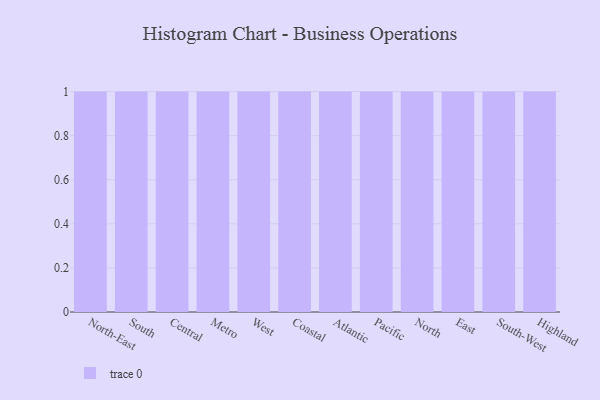
{"axis": {"x": "Region", "y": "Inventory Turnover"}, "legend": [""], "data": [{"x": "North-East", "y": 12, "type": ""}, {"x": "South", "y": 23, "type": ""}, {"x": "Central", "y": 2, "type": ""}, {"x": "Metro", "y": 47, "type": ""}, {"x": "West", "y": 46, "type": ""}, {"x": "Coastal", "y": 23, "type": ""}, {"x": "Atlantic", "y": 57, "type": ""}, {"x": "Pacific", "y": 86, "type": ""}, {"x": "North", "y": 40, "type": ""}, {"x": "East", "y": 8, "type": ""}, {"x": "South-West", "y": 19, "type": ""}, {"x": "Highland", "y": 88, "type": ""}]}